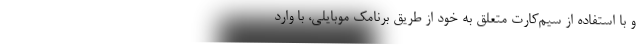
و با استفاده از سیم‌کارت متعلق به خود از طریق برنامک موبایلی، با وارد